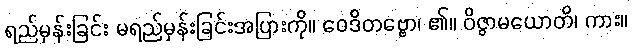
ရည်မှန်းခြင်း မရည်မှန်းခြင်းအပြားကို။ ဝေဒိတဗ္ဗော၊ ၏။ ဝိဇ္ဇာမယောတိ၊ ကား။